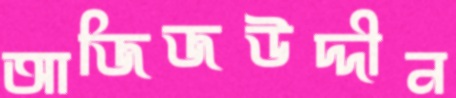
আজিজউদ্দীন